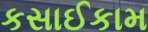
કસાઈકામ